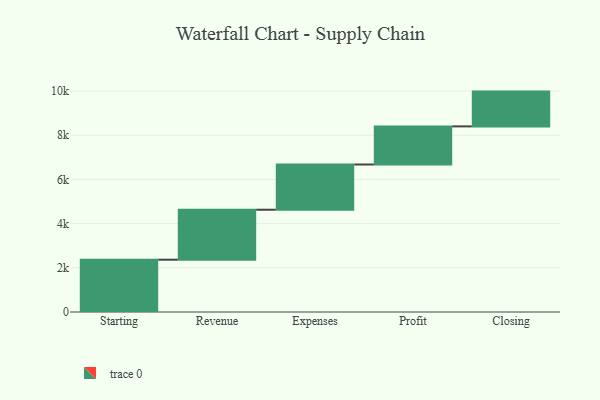
{"axis": {"x": "Step", "y": "Value"}, "legend": [""], "data": [{"x": "Starting", "y": 2367.0, "type": ""}, {"x": "Revenue", "y": 2261.0, "type": ""}, {"x": "Expenses", "y": 2047.0, "type": ""}, {"x": "Profit", "y": 1725.0, "type": ""}, {"x": "Closing", "y": 1574.0, "type": ""}]}